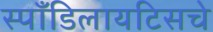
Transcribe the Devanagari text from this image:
स्पाँडिलायटिसचे